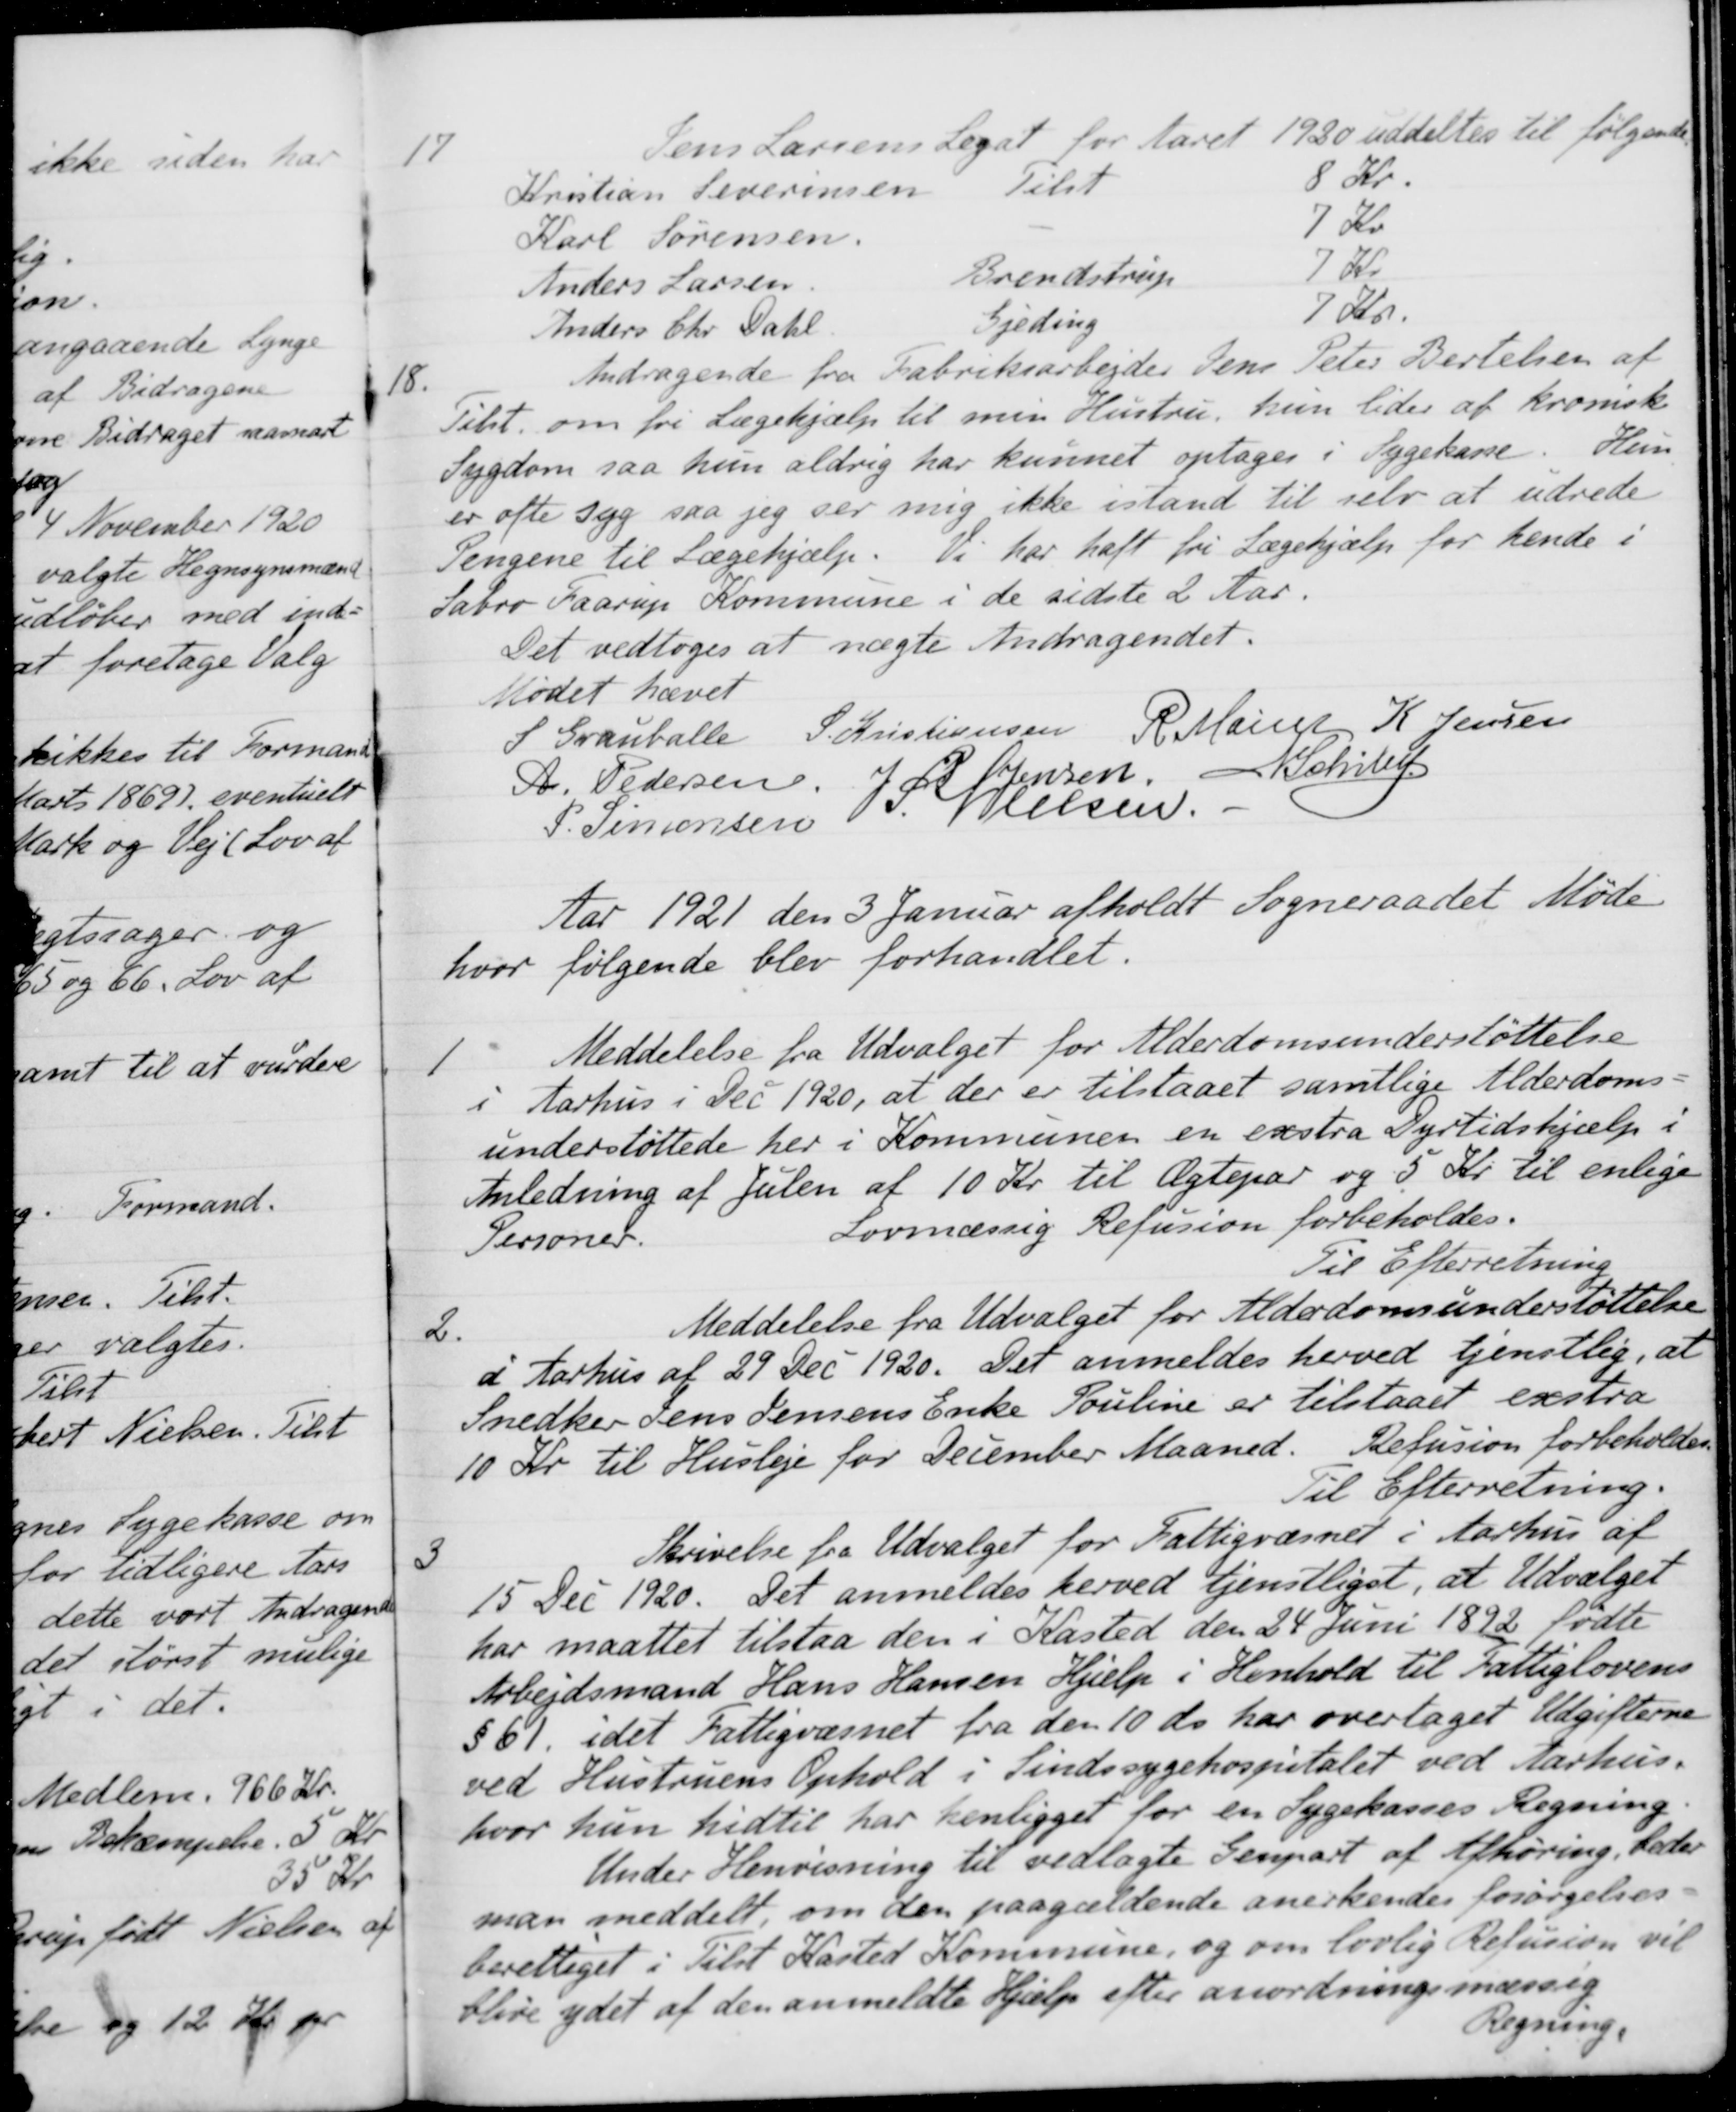
Transskription:
17
Jens Larsens Legat for Aaret 1920 uddeltes til følgende
Kristian Severinsen
Tilst.
Kr.
Karl Sørensen.
7 Kr.
Anders Larsen
Brendstrup
7 Kr.
Anders Chr. Dahl
Gjeding
7 kr.
18.
Andragende fra Fabriksarbejder Jens Peter Bertelsen af
Tilst. om fri Lægehjælp til min Hustru, hun lider af kronisk
Sygdom saa hun aldrig har kunnet optages i Sygekasse. Hun
er ofte syg saa jeg ser mig ikke istand til selv at udrede
Pengene til Lægehjælp. Vi har haft fri Lægehjælp for hende i
Sabro Faarup Kommune i de sidste 2 Aar.
Det vedtoges at nægte Andragendet.
Mødet hævet
S. Grauballe
S. Kristiansen
R. Møller
K. Jensen
A. Pedersen.
J P Jensen.
N Schiby
P. Simonsen
S. Nielsen.
Aar 1921 den 3 Januar afholdt Sogneraadet Møde
hvor følgende blev forhandlet.
1
Meddelelse fra Udvalget for Alderdomsunderstøttelse
i Aarhus i Dec 1920, at der er tilstaaet samtlige Alderdoms-
understøttede her i Kommunen en exstra Dyrtidshjælp i
Anledning af Julen af 10 Kr til Ægtepar og 5 Kr. til enlige
Personer.
Lovmæssig Refusion forbeholdes.
Til Efterretning
2.
Meddelelse fra Udvalget for Alderdomsunderstøttelse
i Aarhus af 29 Dec. 1920. Det anmeldes herved tjenstlig, at
Snedker Jens Jensens Enke Pouline er tilstaaet exstra
10 Kr. til Husleje for December Maaned. Refusion forbeholdes
Til Efterretning.
3
Skrivelse fra Udvalget for Fattigvæsnet i Aarhus af
15 Dec 1920. Det anmeldes herved tjenstliget, at Udvalget
har maattet tilstaa den i Kasted den 24 Juni 1892 fødte
Arbejdsmand Hans Hansen Hjælp i Henhold til Fattiglovens
§ 61, idet Fattigvæsnet fra den 10 ds. har overtaget Udgifterne
ved Hustruens Ophold i Sindssygehospitalet ved Aarhus.
hvor hun hidtil har henligget for en Sygekasses Regning.
Under Henvisning til vedlagte Genpart af Afhøring, beder
man meddelt om den paagældende anerkendes forsøgelses-
berettiget i Tilst Kasted Kommune, og om lovlig Refusion vil
blive ydet af den anmeldte Hjælp efter anordningsmæssig 
Regning,